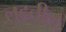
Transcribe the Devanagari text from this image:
लढतील